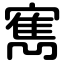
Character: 寯